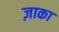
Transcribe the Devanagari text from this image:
ज़ाका